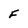
Character: f